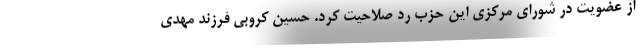
از عضویت در شورای مرکزی این حزب رد صلاحیت کرد. حسین کروبی فرزند مهدی